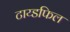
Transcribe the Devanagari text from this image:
टाय्डफिल